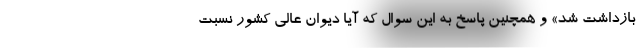
بازداشت شد» و همچنین پاسخ به این سوال که آیا دیوان عالی کشور نسبت